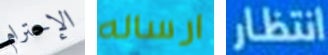
الإحترام ارساله انتظار